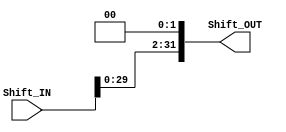
module Shift_left_twice #(parameter Shift_WIDTH = 32)
(
input   [Shift_WIDTH - 1 : 0]  Shift_IN ,
output  [Shift_WIDTH - 1 : 0]  Shift_OUT
);

assign Shift_OUT = Shift_IN << 2 ;

endmodule